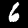
Label: 6